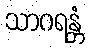
သာဂရန္တံ